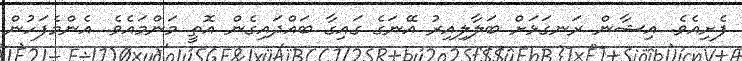
ފެށިއެވެ. އިޝާން ރަނގަޅަށް ބަލާލިއިރު އޭނަގެ ގައިގާ ބައްދައިގެން އޮތީ މަންމައެވެ. އެންމެފަހުން